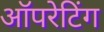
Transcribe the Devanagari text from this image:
अॉपरेटिंग